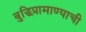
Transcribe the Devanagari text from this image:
बुद्धिप्रामाण्याची